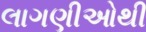
લાગણીઓથી